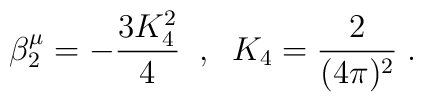
\beta_2^{\mu} = - \frac{3 K_4^2}{4}  \; \; , \;\; K_4 = \frac{2}{(4 \pi)^2}  \; .